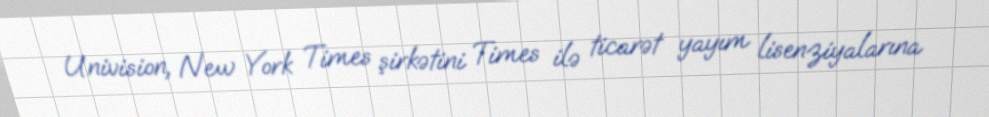
Univision, New York Times şirkətini Times ilə ticarət yayım lisenziyalarına